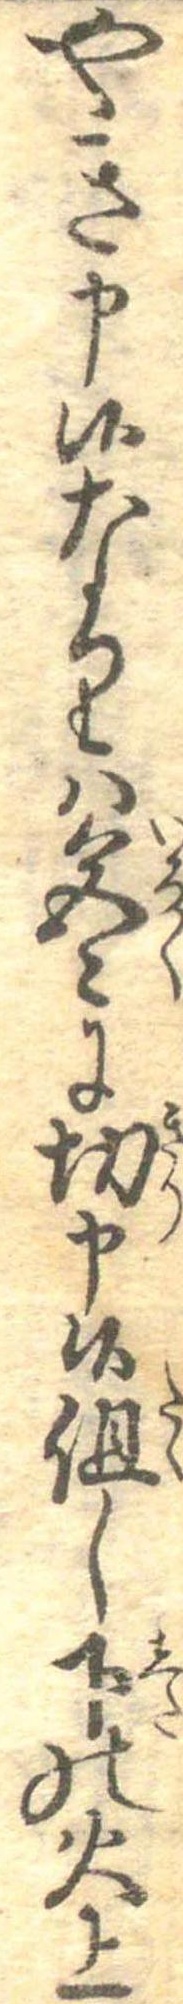
やき申候なりは色〻に切申候但し下の火上